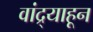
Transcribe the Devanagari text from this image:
वांद्र्याहून